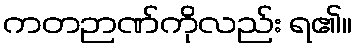
ကတဉာဏ်ကိုလည်း ရ၏။